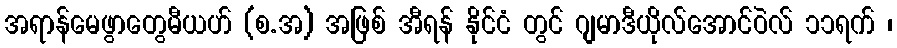
အရာန်မေဖွာတွေမီယဟ် (စ.အ) အဖြစ် အီရန် နိုင်ငံ တွင် ဂျမာဒီယိုလ်အောင်ဝဲလ် ၁၁ရက် ၊